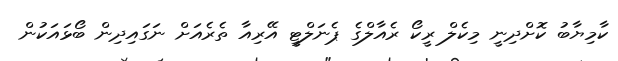
ކާމިޔާބު ކޮށްދިނީ މިކެލް ރީކޯ ރެއާލްގެ ޕެނަލްޓީ އޭރިއާ ތެރެއަށް ނަގައިދިން ބޯޅައަކުން